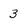
Character: 3